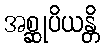
အစ္ဆုပိယန္တိ